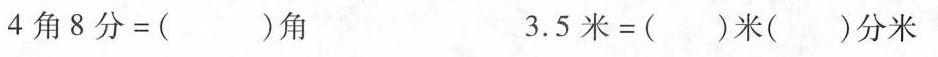
$$4 角 8 分 = ( ) 角$$ $$3 . 5 米 = ( ) 米 ( ) 分 米$$